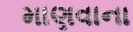
માણવાના